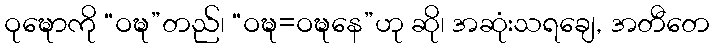
ဝုဍ္ဎောကို “ဝဍ္ဎ”တည်၊ “ဝဍ္ဎ=ဝဍ္ဎနေ”ဟု ဆို၊ အဆုံးသရချေ, အတီတေ